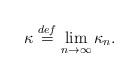
\begin{align*} \kappa \stackrel{def}{=} \lim_{n \to \infty} \kappa_n. \end{align*}